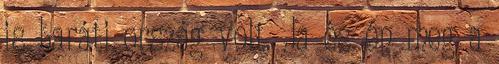
is baráti ország volt. Ja és én meg a